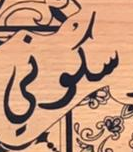
سكوني